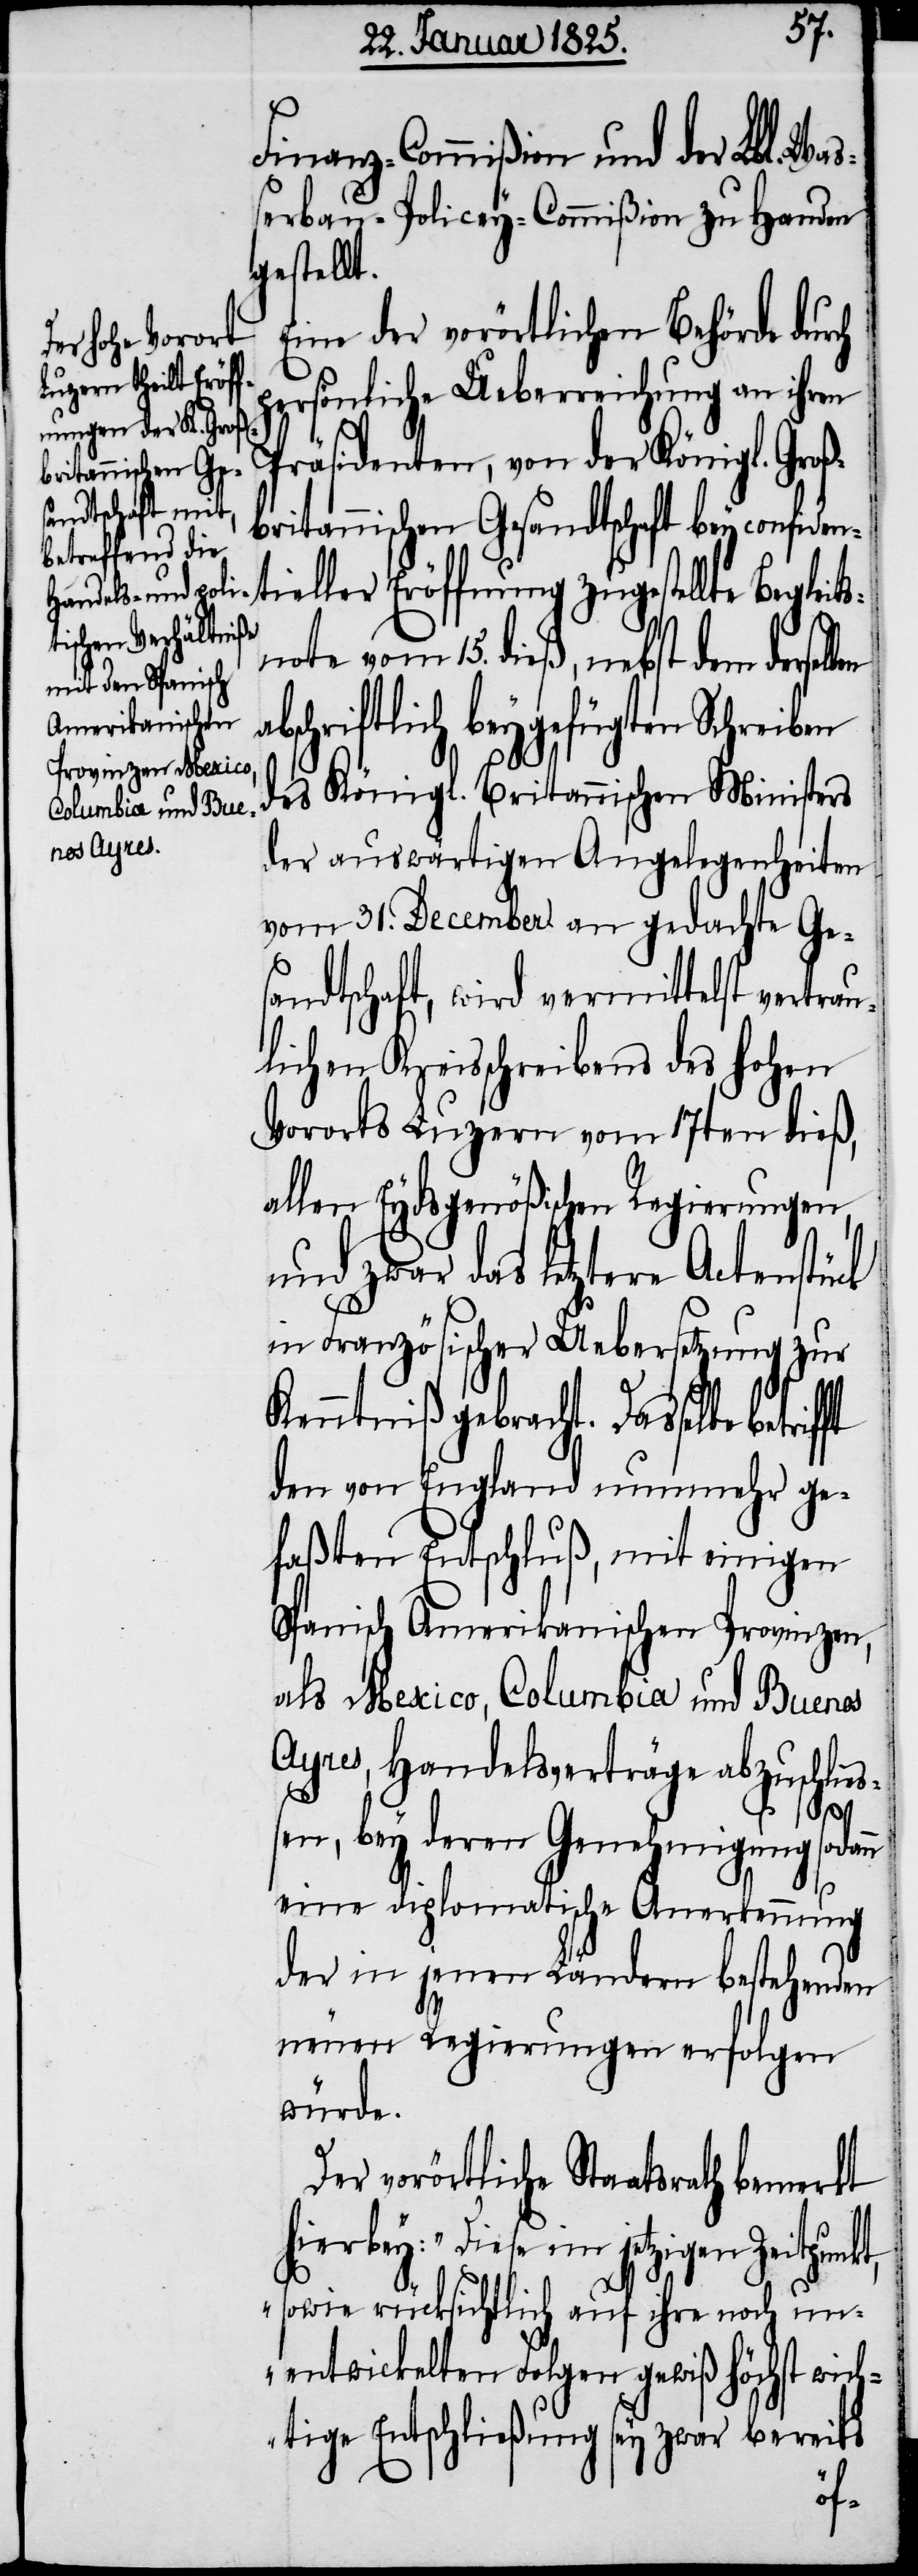
Finanz-Commißion und der Lbl. Wa¬
ßerbau-Policey-Commißion zu Handen
gestellt.
Eine der vorörtlichen Behörde durch
persönliche Ueberreichung an ihren
Präsidenten, von der Königl. Groß¬
britannischen Gesandtschaft bey confide¬
ntieller Eröffnung zugestellte Begleit¬
snote vom 15. dieß, nebst dem derse¬
bschriftlich beygefügten Schreiben
des Königl. Britannischen Ministers
der auswärtigen Angelegenheiten
vom 31. December an gedachte Ge¬
sandtschaft, wird vermittelst vertrau¬
lichen Kreisschreibens des hohen
Vororts Luzern vom 17ten dieß,
allen Eydsgenößischen Regierungen,
und zwar das letztere Actenstück
in Französischer Uebersetzung zur
Kenntniß gebracht. Dasselbe bet¬
den von England nunmehr ge¬
faßten Entschluß, mit einigen
Spanisch Amerikanischen Provinzen,
als Mexico, Columbia und Buenos
Ayres, Handelsverträge abzuschließ¬
rifft
en, bey deren Genehmigung soda¬
eine diplomatische Anerkennung
der in jenen Ländern bestehenden
neuen Regierungen erfolgen
würde.
Der vorörtliche Staatsrath bemerkt
hierbey: „Diese im jetzigen
sowie rücksichtlich auf ihre noch un¬
entwickelten Folgen gewiß höchst wich¬
tige Entschließung sey zwar bereits
nn